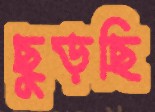
ছুড়ছি